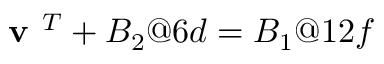
\textbf { v } ^ { T } + B _ { 2 } @ 6 d = B _ { 1 } @ 1 2 f